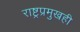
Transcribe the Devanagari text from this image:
राष्ट्रप्रमुखही